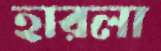
হারলা